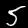
Label: 5